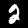
Digit: 2